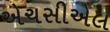
એચસીએલ